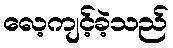
လေ့ကျင့်ခဲ့သည်